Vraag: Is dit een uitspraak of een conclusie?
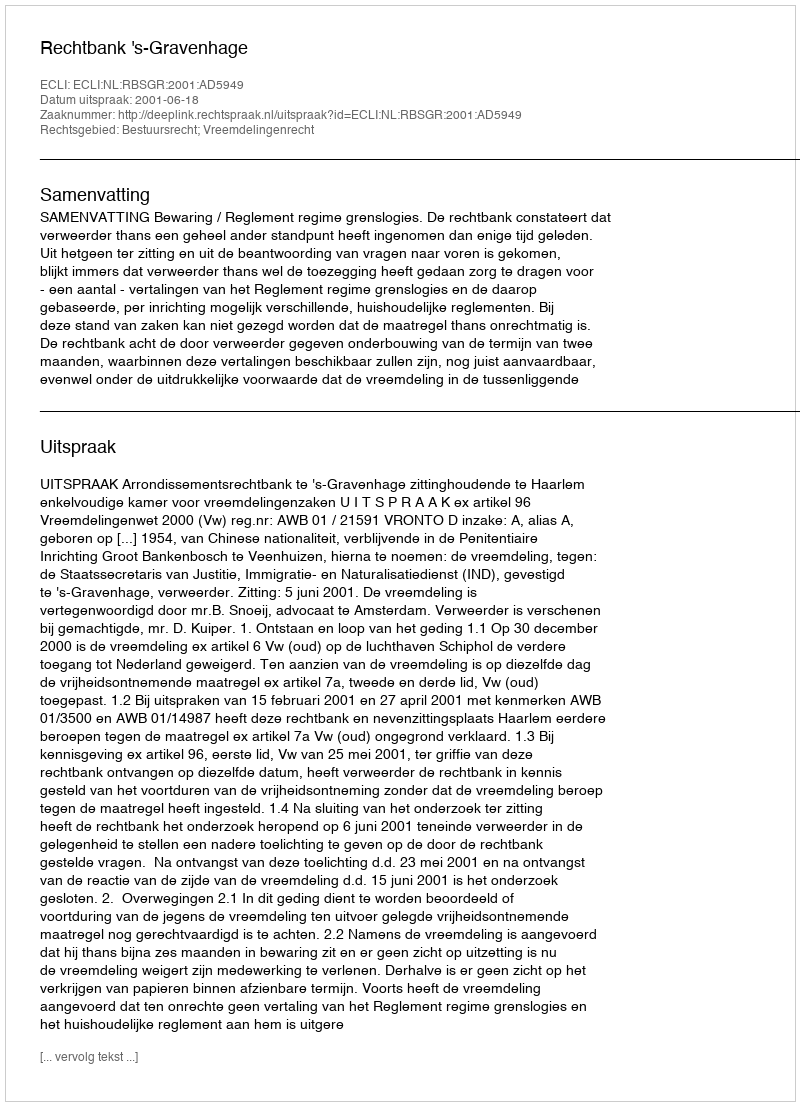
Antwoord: Uitspraak